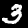
Digit: 3